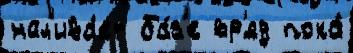
нал'ива́ет ба́з'е вр'яд пока́